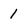
Character: 1